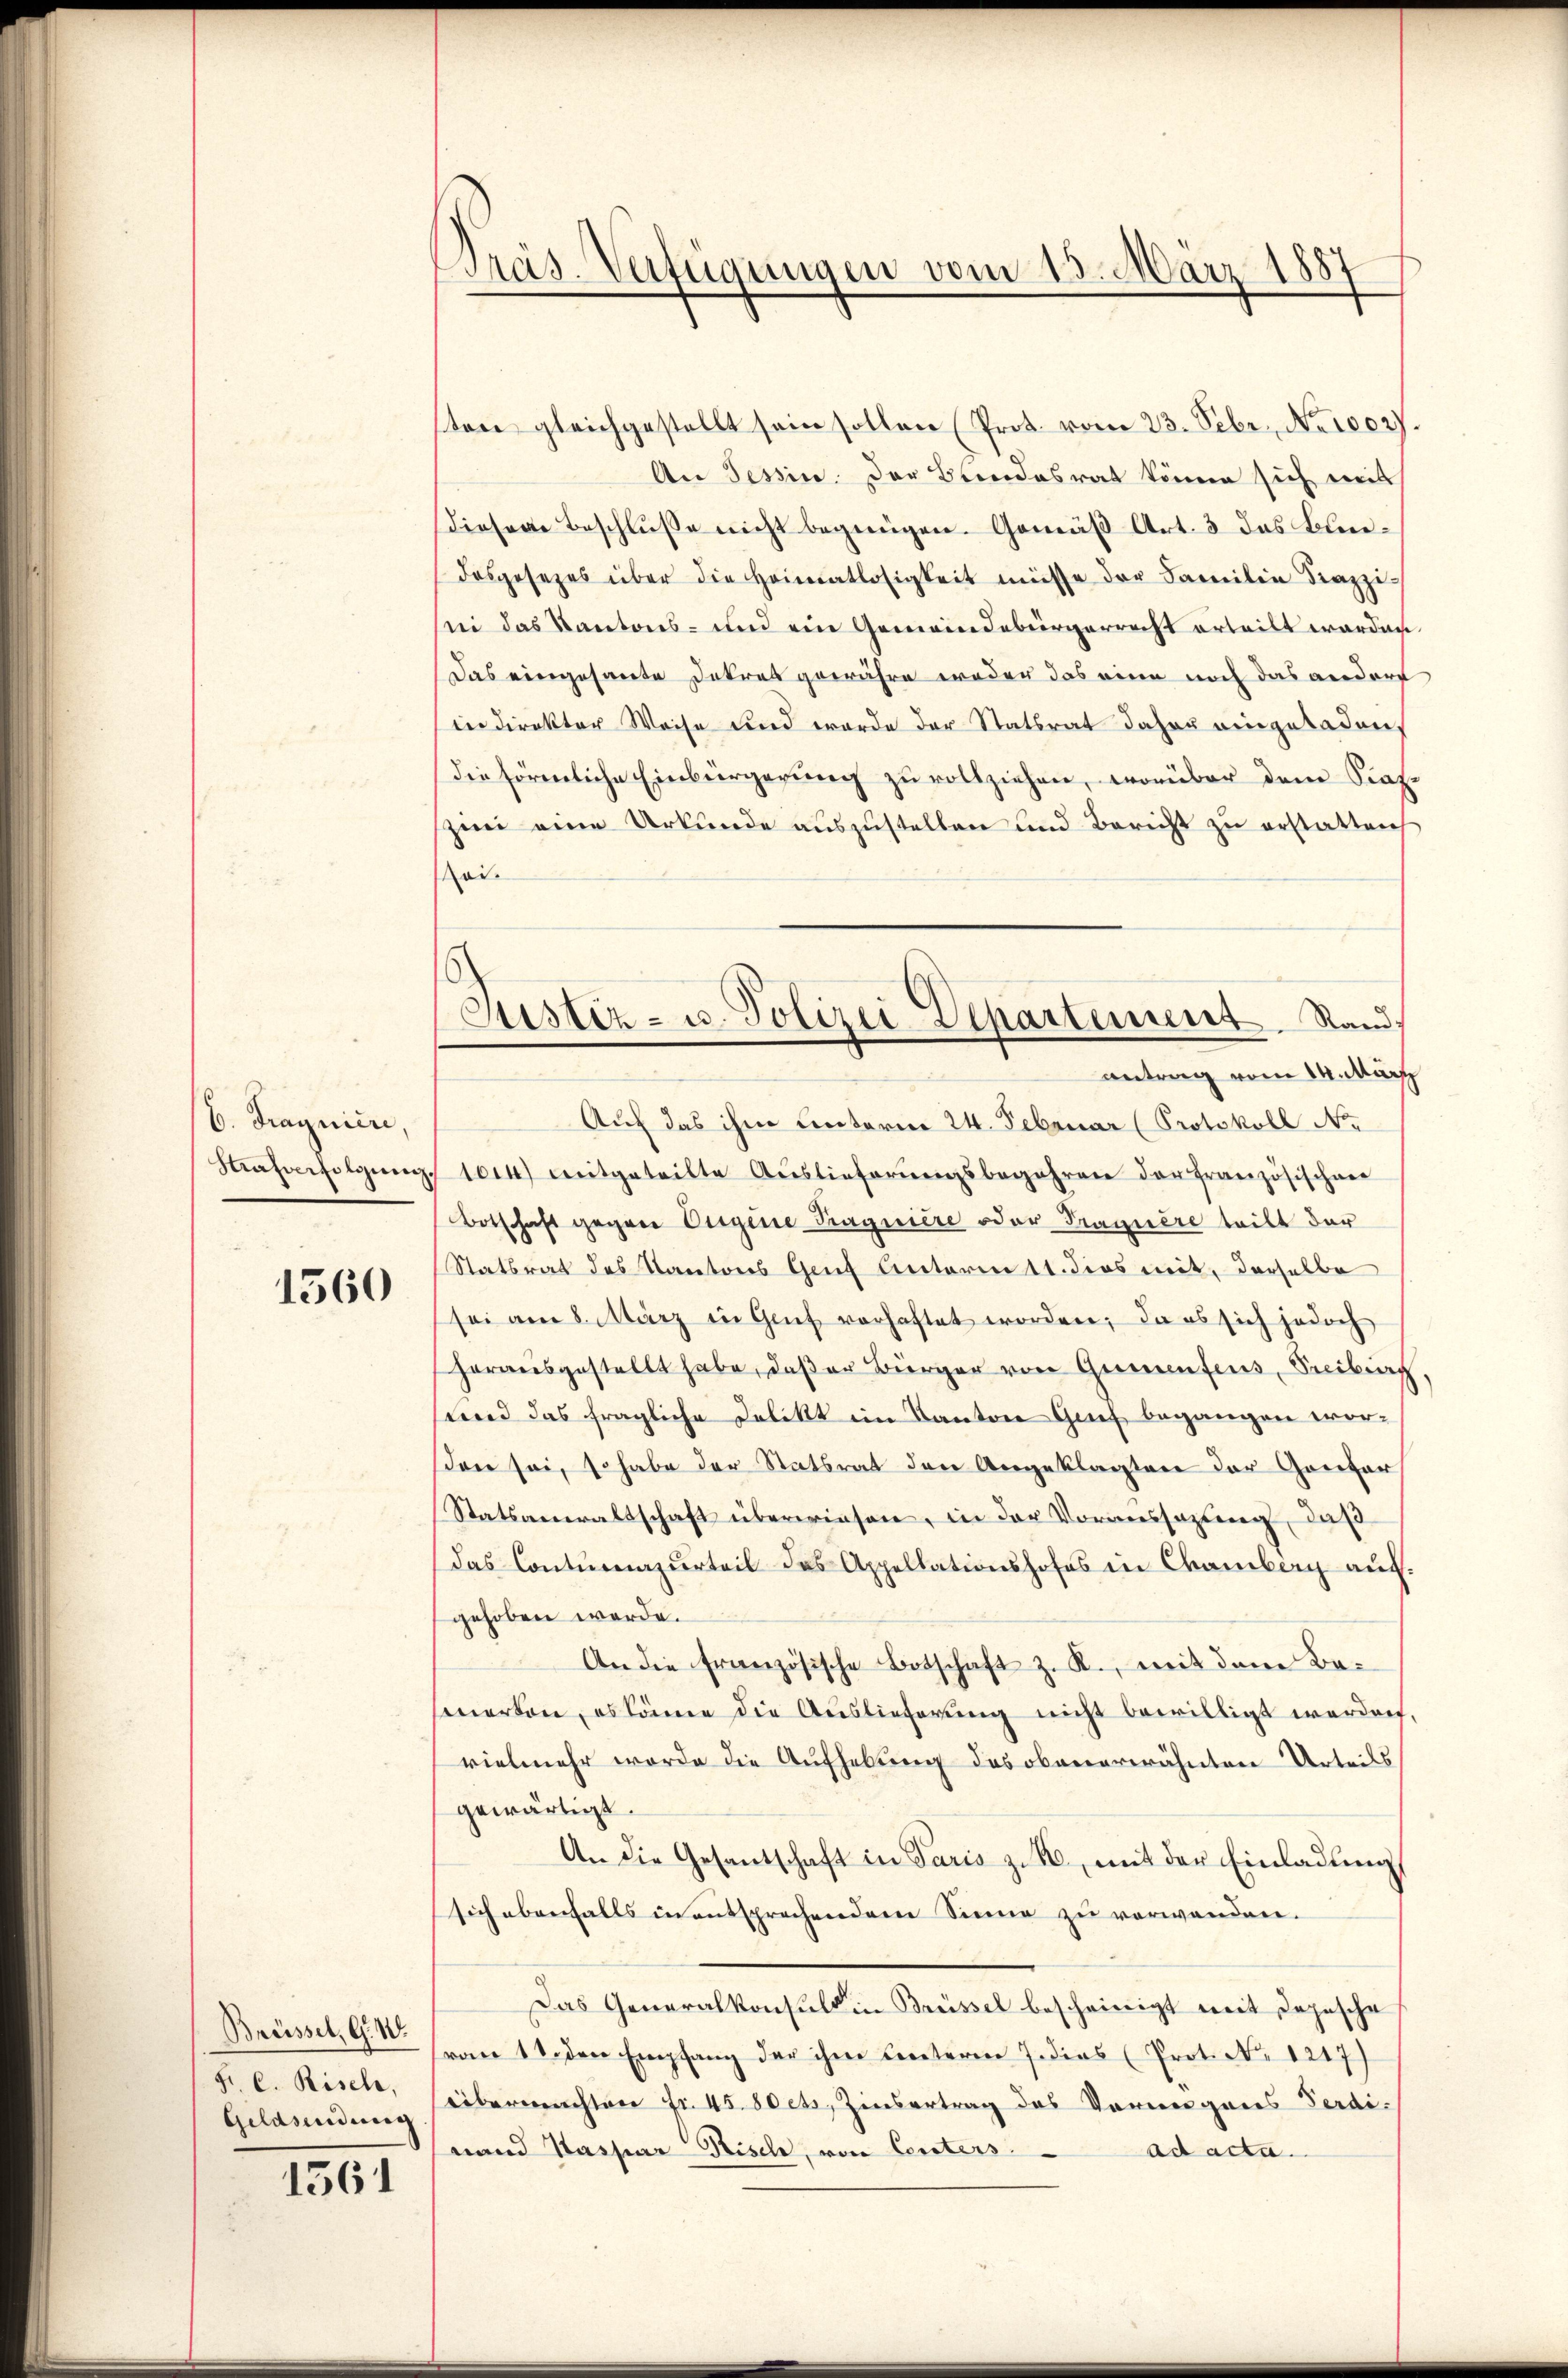
6. Fragniere,
Strafverfolgung.

1560

Brüssel, G. 1
Fr. C. Risel,
Geldsendung |

1561

Präs-Verfügungen vom 13. März 1881

Justiz- u. Polizei Departement. Rand,
antrag vom März

ton gleichgestellt sein sollen (Prot. vom 23. Febr., No 1002)
An Tessin. Der Beendesrat könne sich mit
diesen Beschlusse nicht begnügen. Gemäß Art. 3 das Bundosgesezes über die Heimatlosigkeit müsse der Familie Krappi-
sii das Kantons- und ein Gemeindebürgerrecht erteilt werden.
Das eingesante Dekret gewähre weder das eine noch das andert
in direktor Weise und wurde der Statsrat daher eingeladen,
die förmliche Einbürgerŭng zŭ vollziehen, worüber dem Stat
zin eine Urkunde auszustellen und Bericht zu erstatteich
oi
Auf das ihm Unterm 24. Februar (Protokoll No
104) mitgeteilte Aŭslieferŭngsbegehren der französischen
Botschaft gegen Eigene Tragnière oder Tragnere teilt der
Statsrat des Kantons Genf Antoren 11. dies mit, derselbe
sei am 8. März in Genf vorhaftet worden; da es sich jedoch
herausgestellt habe, daß er Bürger von Gementens, Freiburg
tend das fragliche Delikt im Kanton Grief begangen worden sei, so habe der Statsrat den Angeklagten der Ganter
Statsanwaltschaft überwiesen, in der Voraussagung, daß
Das Contŭrenzurteil des Appellationshofes in Chamberg auf.
gehoben werde.
An die französische Botschaft z. R., mit dem Bemerten, es könne die Auslieferung nicht bewilligt werden.
vielmehr worde die Aufhebung des obenerwähnten Urteils
gewärtigt.
An die Gesantschaft in Paris z. B., mit der Einladung
sich ebenfalls in entsprechendem Sinne zu verwanden.
Das Generalkonsuls in Brüssel bescheinigt mit Depesche
vom 18. den Empfang der ihm Centeren J. dies (Prot. No. 1217)
übermachten fr. 45. 80 cts. Zinsertrag des Vorganes Ferdinand Kaspar Risch, von Centers
ad acta.